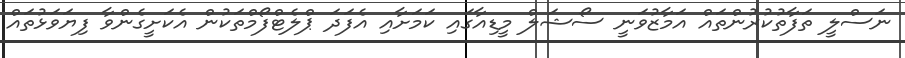
ނަސްލީ ތަފާތުކުރުންތައް އަމާޒުވަނީ ސޯޝަލް މީޑިއާގައި ކަމަށާއި އެފަދަ ޕްލެޓްފޯމްތަކުން އެކަށީގެންވާ ފިޔަވަޅުތައް